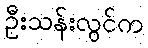
ဦးသန်းလွင်က